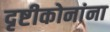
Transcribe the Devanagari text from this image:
दृष्टीकोनांना